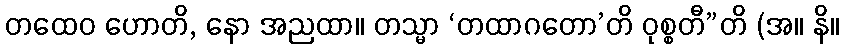
တထေဝ ဟောတိ, နော အညထာ။ တသ္မာ ‘တထာဂတော’တိ ဝုစ္စတီ”တိ (အ။ နိ။